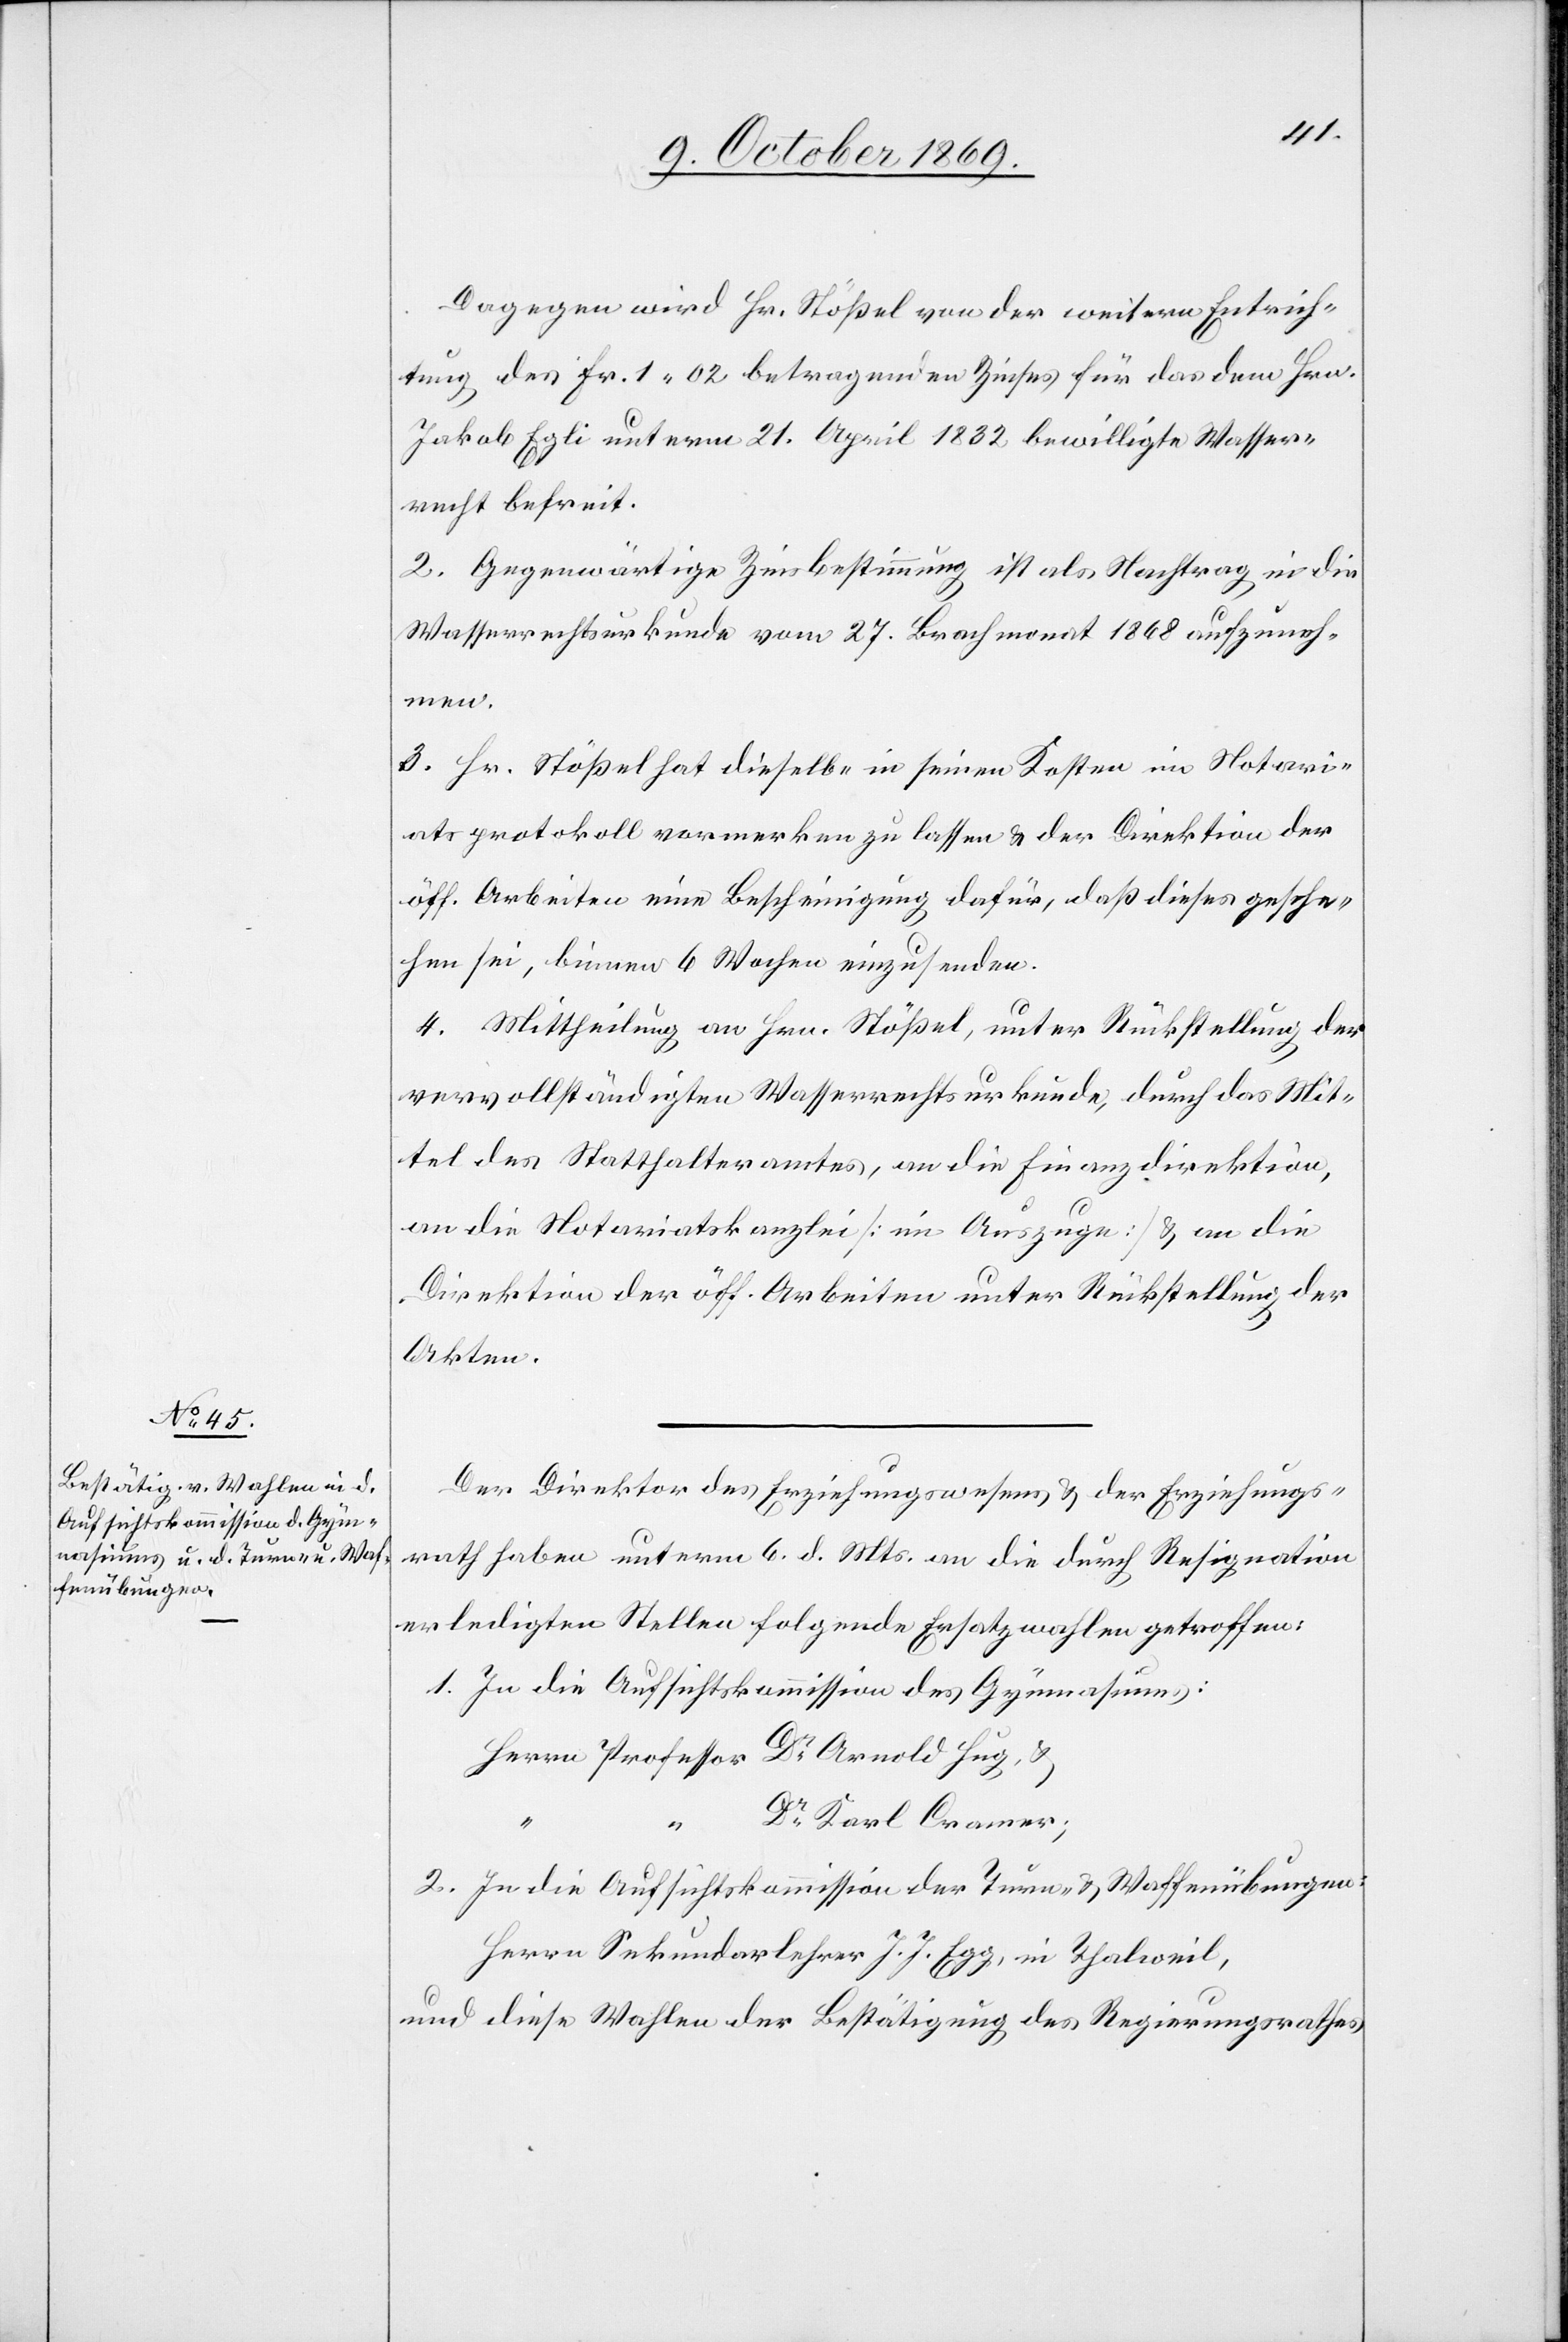
Dagegen wird Hr. Stößel von der weitern Entrich¬
tung des Fr. 1.02 betragenden Zinses für das dem Hrn.
Jakob Egli unterm 21. April 1832 bewilligte Wasser¬
recht befreit.
2. Gegenwärtige Zinsbestimmung ist als Nachtrag in die
Wasserrechtsurkunde vom 27. Brachmonat 1868 aufzuneh¬
men.
3. Hr. Stößel hat dieselbe in seinen Kosten im Notari¬
atsprotokoll vormerken zu lassen & der Direktion der
öff. Arbeiten eine Bescheinigung dafür, daß dieses gesche¬
hen sei, binnen 6 Wochen einzusenden.
4. Mittheilung an Hrn. Stößel, unter Rückstellung der
vervollständigten Wasserrechtsurkunde, durch das Mit¬
tel des Statthalteramtes, an die Finanzdirektion,
an die Notariatskanzlei [im Auszuge] & an die
Direktion der öff. Arbeiten unter Rückstellung der
Akten.
Der Direktor des Erziehungswesens & der Erziehungs¬
rath haben unterm 6. d. Mts. an die durch Resignation
erledigten Stellen folgende Ersatzwahlen getroffen:
In die Aufsichtskommission des Gymnasiums:
Herrn Professor Dr Arnold Hug, &
Dr Karl Cramer;
2.
In die Aufsichtskommission der Turn- & Waffenübungen:
Herrn Sekundarlehrer J. J. Egg, in Thalweil,
und diese Wahlen der Bestätigung des Regierungsrathes